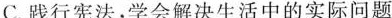
C.践行宪法，学会解决生活中的实际问题